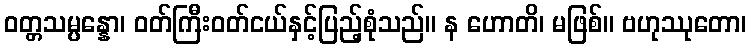
ဝတ္တသမ္ပန္နော၊ ဝတ်ကြီးဝတ်ငယ်နှင့်ပြည့်စုံသည်။ န ဟောတိ၊ မဖြစ်။ ဗဟုဿုတော၊